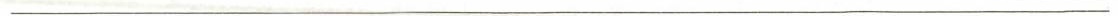
___